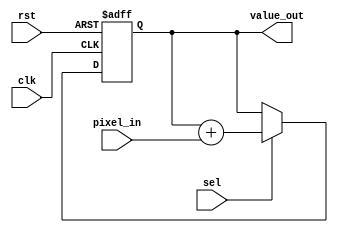
`timescale 1ns/10ps
module color_adder(clk, rst, value_out, pixel_in, sel);
input clk, rst, sel;
input [7:0] pixel_in;
output [22:0] value_out;
reg [22:0] value_out;

always @(negedge clk or negedge rst)
begin
	if(!rst)
	begin
		value_out <= 0;
	end
	else
	begin
		//
		value_out <= (sel)?(value_out + pixel_in):(value_out);
	end
end
endmodule